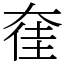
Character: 㚝